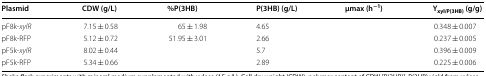
<table><thead><tr><td><b>Plasmid</b></td><td><b>CDW (g/L)</b></td><td><b>%P(3HB)</b></td><td><b>P(3HB) (g/L)</b></td><td><b>μmax (h<sup>−1</sup>)</b></td><td><b>Y<sub>xyl/P(3HB)</sub> (g/g)</b></td></tr></thead><tbody><tr><td>pF8k-<i>xylR</i></td><td>7.15 ± 0.58</td><td>65 ± 1.98</td><td>4.65</td><td>[EMPTY_CELL]</td><td>0.348 ± 0.007</td></tr><tr><td>pF8k-RFP</td><td>5.12 ± 0.72</td><td>51.95 ± 3.01</td><td>2.66</td><td>[EMPTY_CELL]</td><td>0.237 ± 0.005</td></tr><tr><td>pF5k-<i>xylR</i></td><td>8.02 ± 0.44</td><td>[EMPTY_CELL]</td><td>5.7</td><td>[EMPTY_CELL]</td><td>0.396 ± 0.009</td></tr><tr><td>pF5k-RFP</td><td>5.34 ± 0.66</td><td>[EMPTY_CELL]</td><td>2.89</td><td>[EMPTY_CELL]</td><td>0.225 ± 0.006</td></tr></tbody></table>